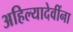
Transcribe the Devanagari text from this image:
अहिल्यादेवींना